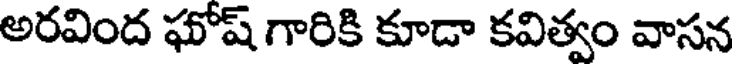
అరవింద ఘోష్ గారికి కూడా కవిత్వం వాసన